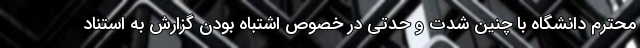
محترم دانشگاه با چنین شدت و حدتی در خصوص اشتباه بودن گزارش به استناد